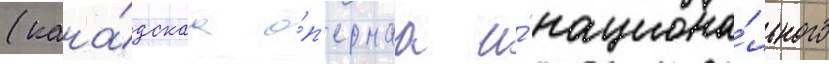
(кана́дскаа о́п'ернаа и́ национа́льного